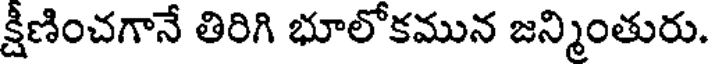
క్షీణించగానే తిరిగి భూలోకమున జన్మింతురు.